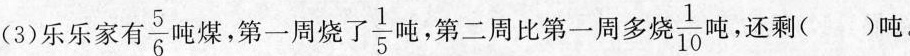
(3)乐乐家有\frac{5}{6} 吨煤，第一周烧了\frac{1}{5} 吨，第二周比第一周多烧 \frac{1}{10} 吨，还剩（）吨。